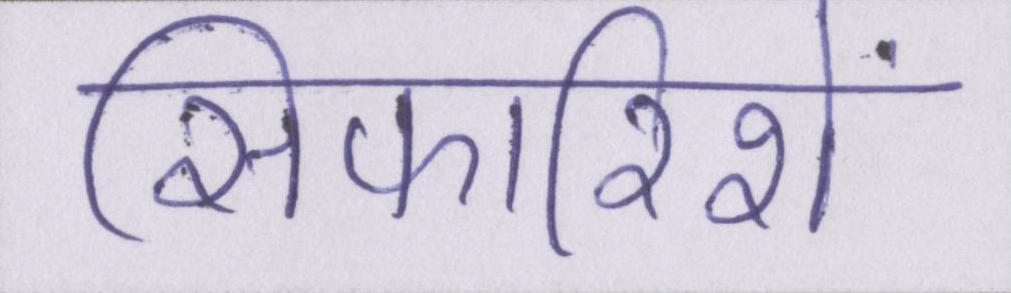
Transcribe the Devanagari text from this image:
सिफारिशें